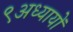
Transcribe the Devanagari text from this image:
९अध्यायों